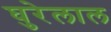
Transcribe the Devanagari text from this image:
घुरेलाल